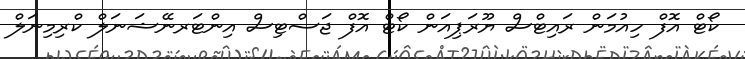
ކޯޓް އޮފް ހިއުމަން ރައިޓްސް ޔޫރަޕިއަން ކޯޓް އޮފް ޖަސްޓިސް އިންޓަރނޭޝަނަލް ކްރިމިނަލް